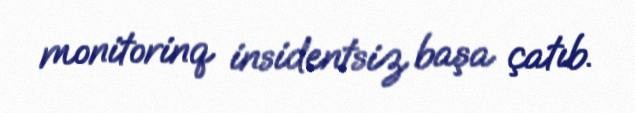
monitorinq insidentsiz başa çatıb.